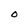
Character: O